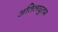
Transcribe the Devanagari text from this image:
अतिलघुतम